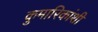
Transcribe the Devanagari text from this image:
कुमारिकांशी